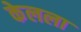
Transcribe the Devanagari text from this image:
केलला